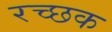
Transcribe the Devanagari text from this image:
रच्‍छक